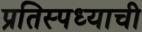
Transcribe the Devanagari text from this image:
प्रतिस्पध्याची